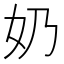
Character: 奶